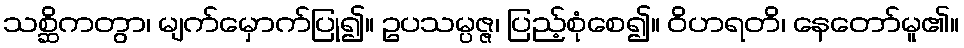
သစ္ဆိကတွာ၊ မျက်မှောက်ပြု၍။ ဥပသမ္ပဇ္ဇ၊ ပြည့်စုံစေ၍။ ဝိဟရတိ၊ နေတော်မူ၏။